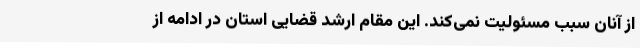
از آنان سبب مسئولیت نمی‌کند. این مقام ارشد قضایی استان در ادامه از